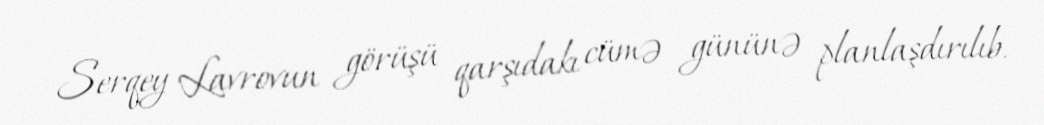
Serqey Lavrovun görüşü qarşıdakı cümə gününə planlaşdırılıb.